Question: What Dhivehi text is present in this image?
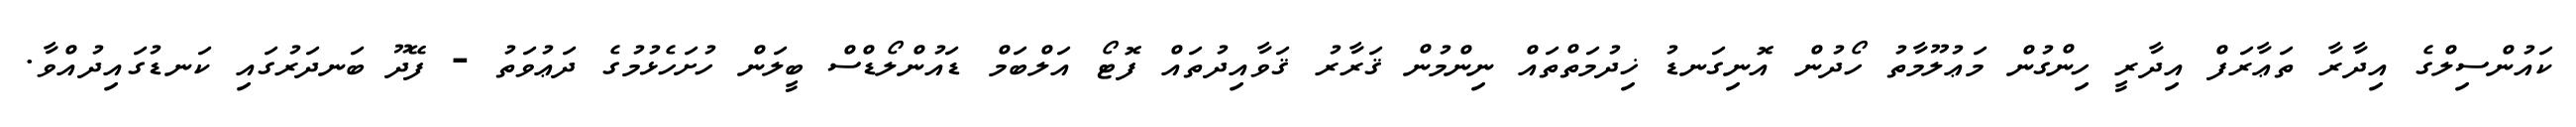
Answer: ކައުންސިލްގެ އިދާރާ ތަޢާރަފް އިދާރީ ހިންގުން މަޢުލޫމާތު ހޯދުން އޮނިގަނޑު ޚިދުމަތްތައް ނިންމުން ޤަރާރު ޤަވާއިދުތައް ފޮޓޯ އަލްބަމް ޑައުންލޯޑްސް ބީލަން ހުށަހެޅުމުގެ ދަޢުވަތު - ފޭދޫ ބަނދަރުގައި ކަނޑުގައިދުއްވާ.